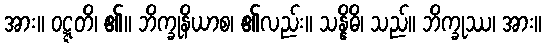
အား။ ဝဋ္ဋတိ၊ ၏။ ဘိက္ခုနိယာစ၊ ၏လည်း။ သန္နိဓိ၊ သည်။ ဘိက္ခုဿ၊ အား။